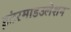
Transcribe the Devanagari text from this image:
इंटरमाडउलेशन